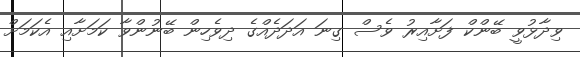
ވިދާޅުވީ ބޭންކް ފަށާއިރު ވެސް ގިނަ އަދަދެއްގެ ދިވެހިން ބޭނުންވާ ކަމަށާއި އެކަމަށް